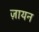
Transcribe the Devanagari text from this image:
ज़ायन